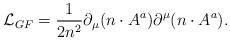
\begin{align*} {\cal L}_{GF}=\frac{1}{2n^2} \partial_\mu(n\cdot A^a)\partial^\mu(n\cdot A^a).\end{align*}